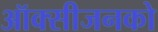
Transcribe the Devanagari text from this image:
ऑक्सीजनको